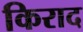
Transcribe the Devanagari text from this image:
किराद